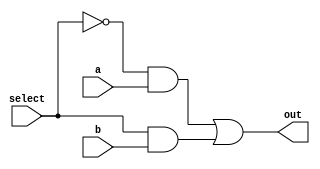
module mux2_1_1(a, b, select, out);
	input a, b, select;
	output out;
	wire not_select, out;
	wire [1:0] inter_out;
	not(not_select, select);
	and(inter_out[0], not_select, a);
	and(inter_out[1], select, b);
	or(out, inter_out[0], inter_out[1]);
endmodule